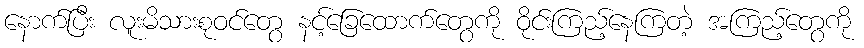
နောက်ပြီး လူးမိသားစုဝင်တွေ နင့်ခြေထောက်တွေကို ဝိုင်းကြည့်နေကြတဲ့ အကြည့်တွေကို